system: You are a helpful assistant.
user:
Analyze the provided spectrum to determine if it is a **M-type Giant (gM)**.

A M-type Giant spectrum is defined by its **strong molecular absorption** features, particularly from **Titanium Oxide (TiO)**. You must check for one of the following mutually exclusive signatures:

- **Key Visual Indicators (Absorption-Dominated Spectrum):**

    - **(Primary):** The spectrum is dominated by strong molecular absorption from **Titanium Oxide (TiO)**. This is the **defining feature** of its M-type temperature class.
        - **(Key Bandheads):** Look for sharp, "saw-tooth" absorption valleys. The strongest are located near **~7050 Å**, **~6160 Å**, and **~5170 Å**.
        - **(Line Profile):** The "saw-tooth" morphology is critical: a **sharp, steep drop on the BLUE (short-wavelength) side** of the bandhead, followed by a gradual recovery (rising flux) towards the RED (long-wavelength) side.

    - **(Key Confirmation - Giant vs. Dwarf):** **ABSENCE** of strong **Calcium Hydride (CaH)** molecular bands. This is the primary diagnostic for *excluding* M-dwarfs.
        - **(Key Region):** The spectrum should lack the strong, broad absorption band seen in dwarfs between **~6800 Å and ~7000 Å**.

    - **(Secondary Confirmation - Giant):** A very strong and broad **Neutral Calcium (Ca I)** atomic absorption line.
        - **(Key Line):** Located at **~4226 Å**. In a giant (gM), this line is significantly deeper and broader than the same line in an M-dwarf (dM) due to low surface gravity.

    - **(Overall Spectrum):**
        - The continuum is **extremely red-sloping** (i.e., flux is very low in the blue and rises dramatically towards the red).
        - The entire spectrum appears "chopped up" by the deep TiO bands.

Think first, call **spectral_visualization_tool** if needed to examine features in detail, then provide your final answer. Your response must adhere to the following strict rules:
1.  **Overall Structure:** Your response must follow the format `<think>...</think> <tool_call>...</tool_call> (if a tool is used) <answer>...</answer>`.
2.  **Tool Usage Constraint:** You may only make **one** tool call per turn.
3.  **Final Answer Format:** In the `<answer>` tag, your conclusion must be inside a `\boxed{}` command (e.g., `\boxed{YES}` or `\boxed{NO}`), followed by your justification.

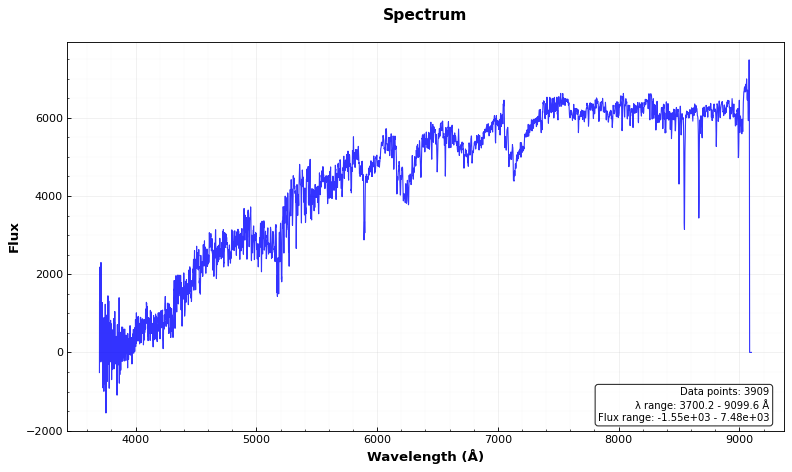
Answer: YES